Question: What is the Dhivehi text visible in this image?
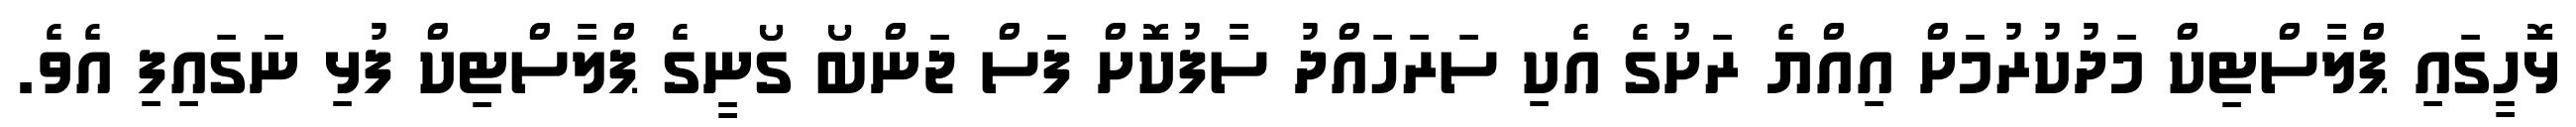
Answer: ޅޮހީގައި ޕްލާސްޓިކް މަދުކުރުމަށް އިއްޔެ ރަށުގެ އެކި ސަރަހައްދު ސާފުކޮށް ފަސް ޖަންބޯ ގޯނީގެ ޕްލާސްޓިކް ފުޅި ނަގައިފި އެވެ.